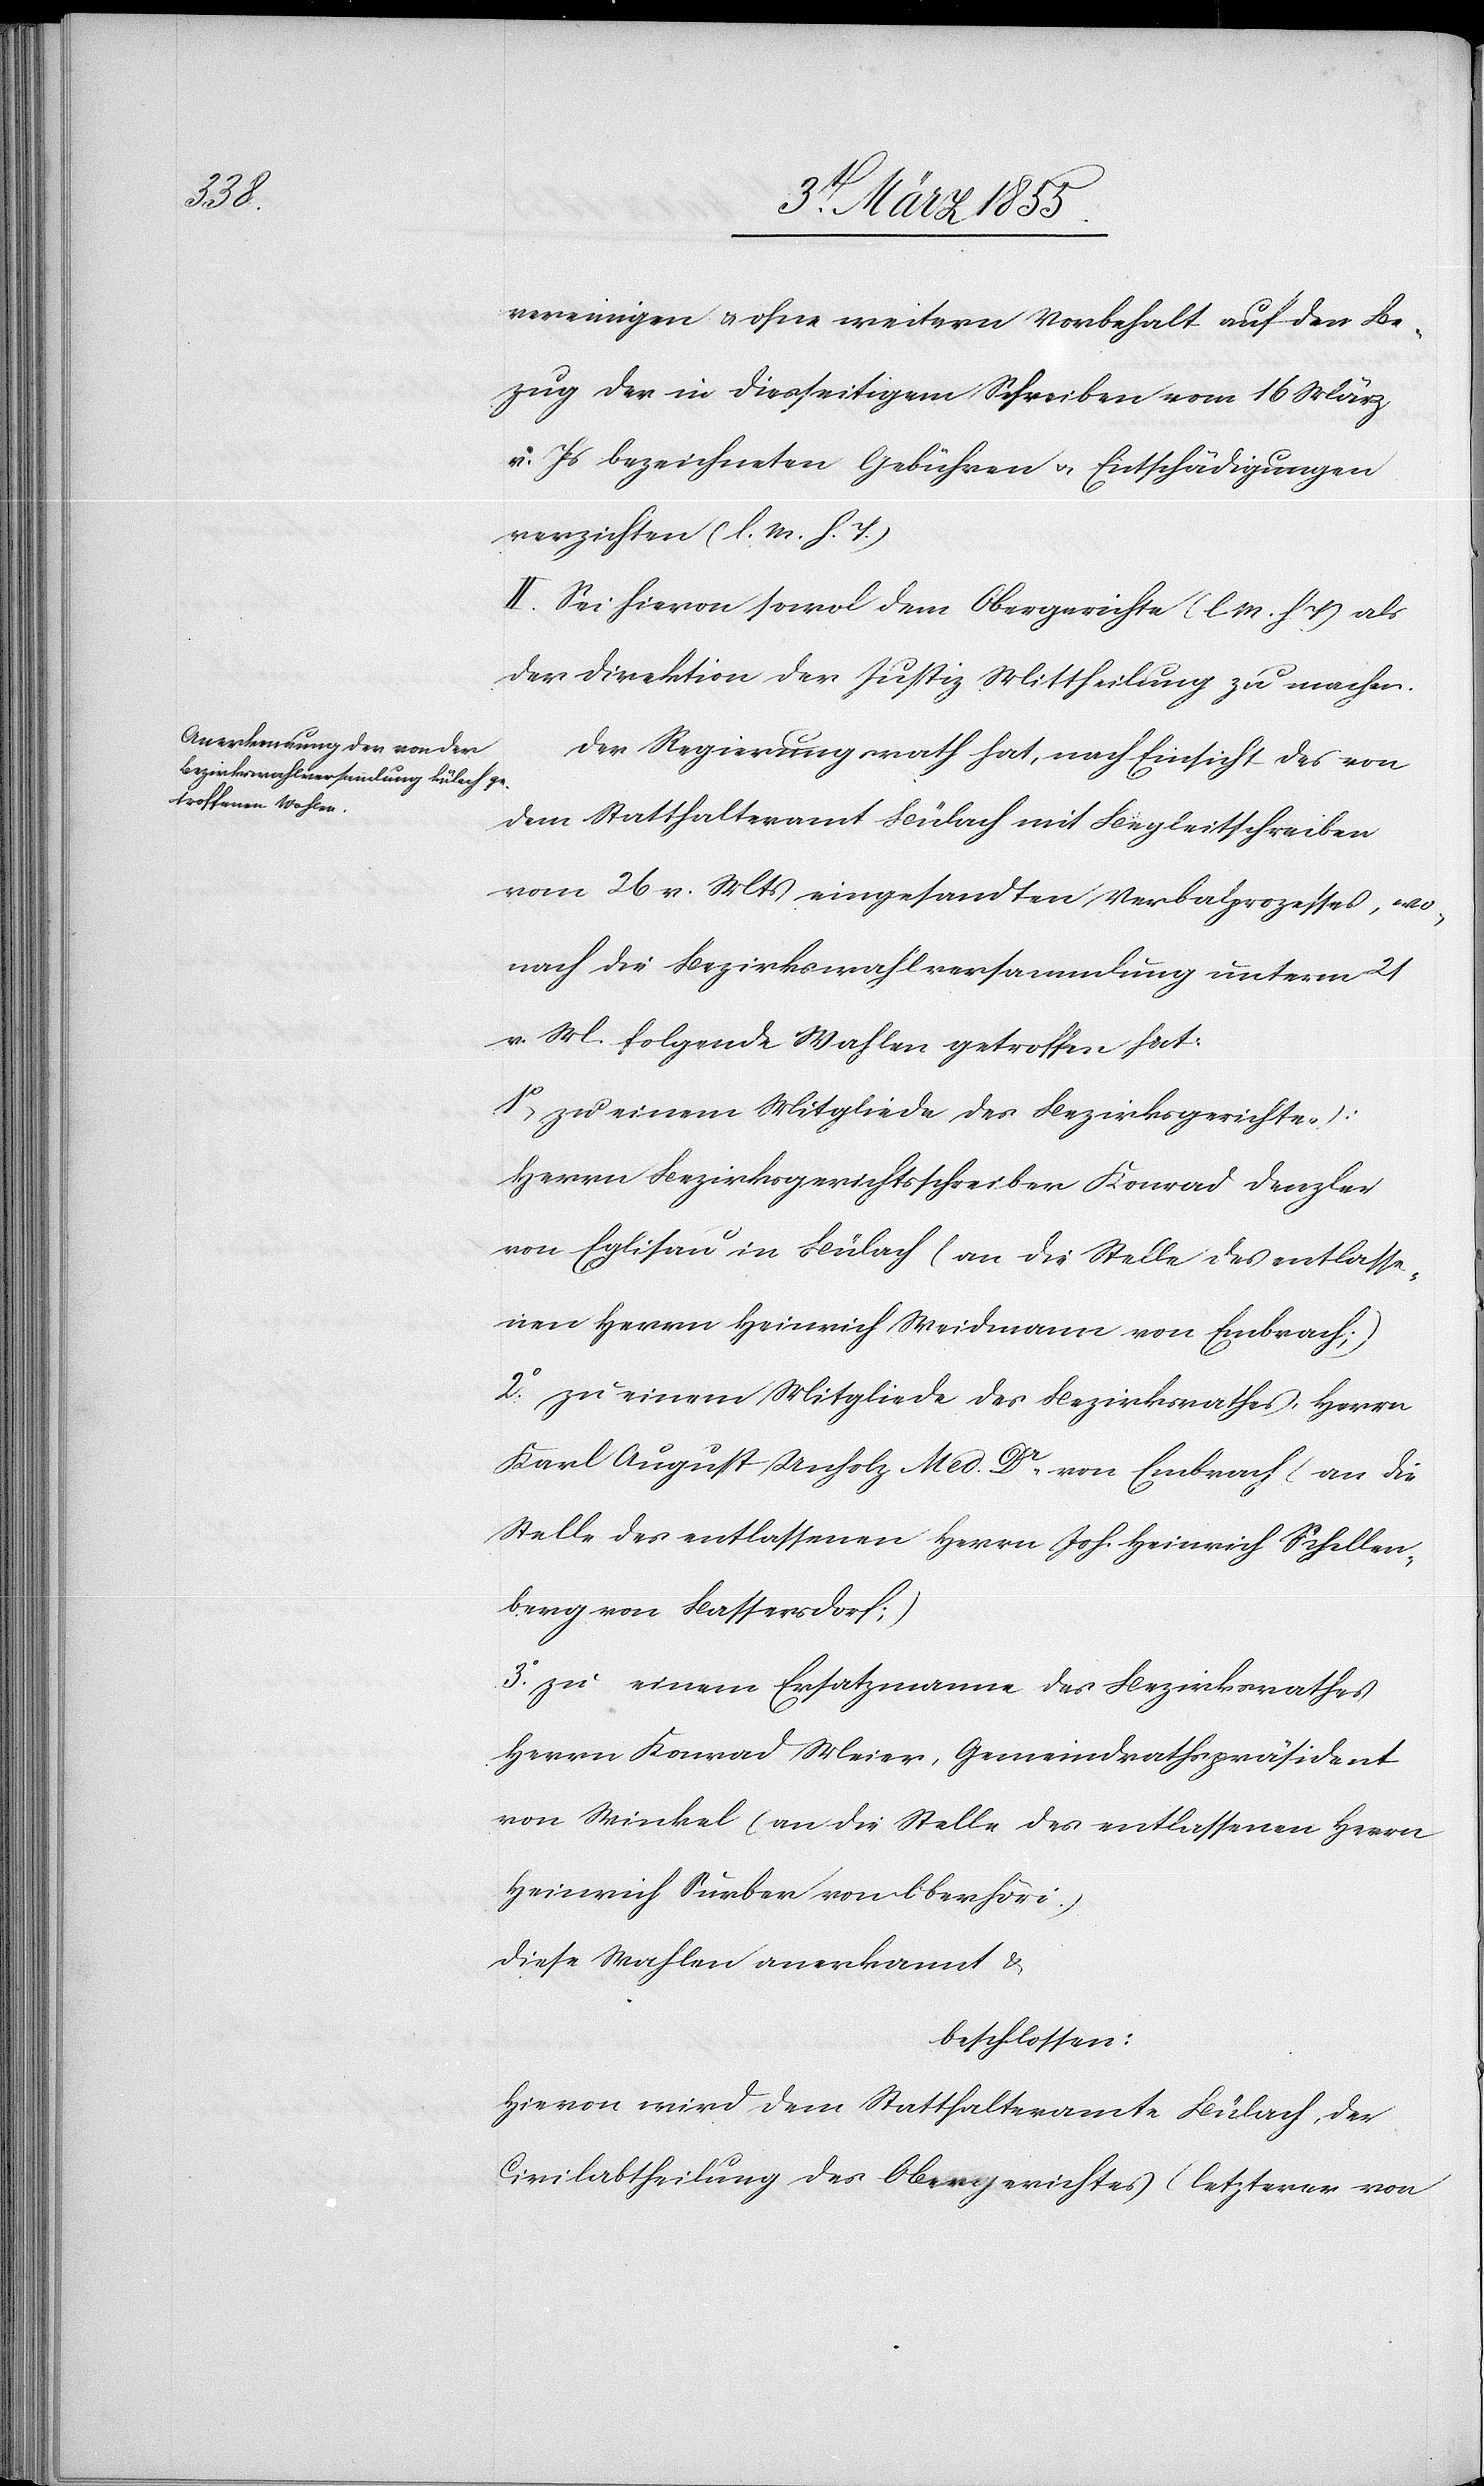
vereinigen & ohne weitern Vorbehalt auf den Be¬
zug der in diesseitigem Schreiben vom 16 März
v. Js bezeichneten Gebühren & Entschädigungen
verzichten (l. M. h. T.)
II. Sei hievon sowol dem Obergerichte (l. M. h. T) als
der Direktion der Justiz Mittheilung zu machen.
Der Regierungsrath hat, nach Einsicht des von
dem Statthalteramt Bülach mit Begleitschreiben
vom 26 v. Mts eingesandten Verbalprozesses, wo¬
nach die Bezirkswahlversammlung unterm 21
v. M. folgende Wahlen getroffen hat:
1o, zu einem Mitgliede des Bezirksgerichtes:
Herrn Bezirksgerichtsschreiber Konrad Denzler
von Eglisau in Bülach (an die Stelle des entlasse¬
nen Herrn Heinrich Weidmann von Embrach;)
2o. zu einem Mitgliede des Bezirksrathes, Herrn
Karl August Unholz Med. Dr. von Embrach (an die
Stelle des entlassenen Herrn Joh. Heinrich Schellen¬
berg von Bassersdorf;)
3o. zu einem Ersatzmann des Bezirksrathes
Herrn Konrad Meier, Gemeindrathspräsident
von Winkel (an die Stelle des entlassenen Herrn
Heinrich Surber von Oberhöri.)
diese Wahlen anerkannt &
beschlossen:
Hievon wird dem Statthalteramte Bülach, der
Civilabtheilung des Obergerichtes (letzterer von